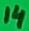
Text: 14